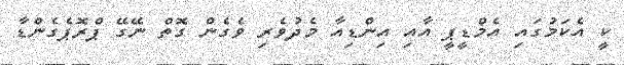
ކީ އެކަމުގައި އެމްޑީޕީ އާއި އިންޑިއާ މެދުވެރި ވެގެން ގޮތް ނޭގޭ ޕްރޮޕެގެންޑާ